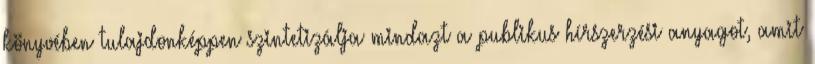
könyvében tulajdonképpen szintetizálja mindazt a publikus hírszerzési anyagot, amit